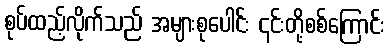
စုပ်ထည့်လိုက်သည် အများစုပေါင်း ၎င်းတို့စစ်ကြောင်း